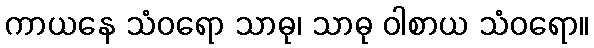
ကာယနေ သံဝရော သာဓု၊ သာဓု ဝါစာယ သံဝရော။